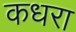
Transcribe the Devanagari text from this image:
कधरा